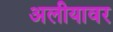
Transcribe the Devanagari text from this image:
अलीयावर